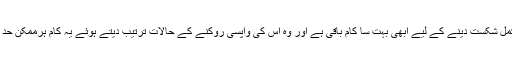
صدر ٹرمپ کو اندازہ ہے کہ داعش کو مکمل شکست دینے کے لیے ابھی بہت سا کام باقی ہے اور وہ اس کی واپسی روکنے کے حالات ترتیب دیتے ہوئے یہ کام ہرممکن حد تک جلد مکمل کرنے کے لیے پرعزم ہیں۔